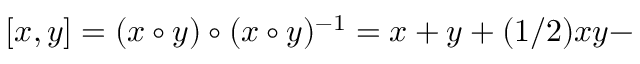
[ x , y ] = ( x \circ y ) \circ ( x \circ y ) ^ { - 1 } = x + y + ( 1 / 2 ) x y -